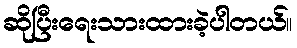
ဆိုပြီးရေးသားထားခဲ့ပါတယ်။